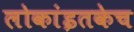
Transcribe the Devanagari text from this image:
लोकांइतकेच